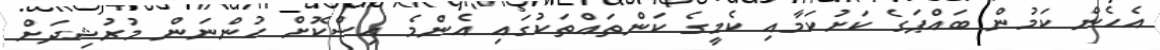
އެހެން ކަމުން ބައްޕަގެ ކަށުކަމާއި ކެމީގެ ކަންތައްތަކުގައި އެންމެ އިސްކޮށް ހުންނަން މުރުޝިދަށް